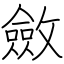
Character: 斂